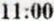
11:00